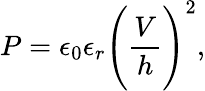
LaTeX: P=\epsilon_{0}\epsilon_{r}\Bigg(\frac{V}{h}\Bigg)^{2},